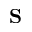
{ \bf S }